Document type: Acquittal of debt
Year: 1424
Scribe: Francesc de Casanoves
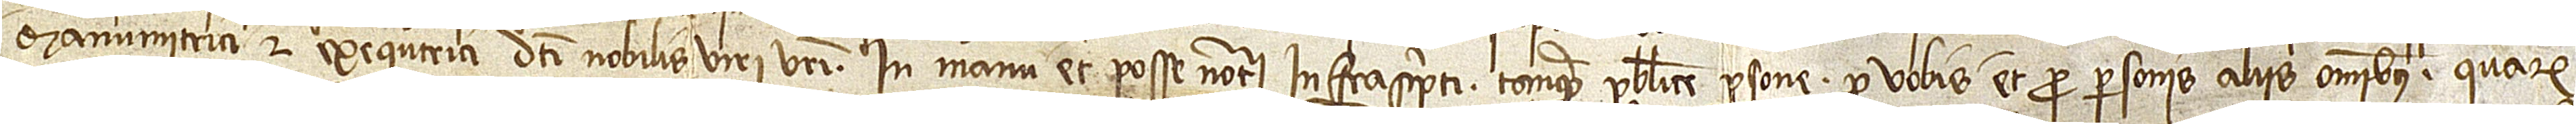
manumitrici et exequtrici dicti nobilis viri vestri in manu et posse notarii infrascripti, tanquam publice persone pro vobis et pro personis aliis omnibus quarum